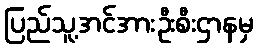
ပြည်သူ့အင်အားဦးစီးဌာနမှ